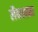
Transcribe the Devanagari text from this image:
लैकावना